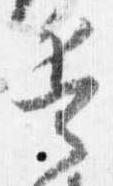
兵